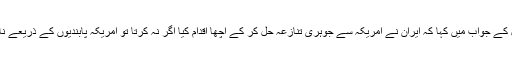
ڈاکٹر اے کیو خان نے ایک سوال کے جواب میں کہا کہ ایران نے امریکہ سے جوہری تنازعہ حل کر کے اچھا اقدام کیا اگر نہ کرتا تو امریکہ پابندیوں کے ذریعے ناقابل تلافی نقصان پہنچا سکتا تھا۔